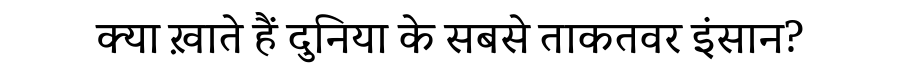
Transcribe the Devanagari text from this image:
क्या ख़ाते हैं दुनिया के सबसे ताकतवर इंसान?